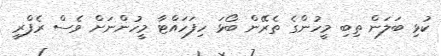
ކުޅި ބަލަން ތިބި މީހުންގެ ތެރޭން ބޯޅަ ހިފަހައްޓާ މީހުންނަށް ވެސް ރެފްރީ